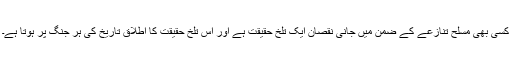
کسی بھی مسلح تنازعے کے ضمن ميں جانی نقصان ايک تلخ حقيقت ہے اور اس تلخ حقيقت کا اطلاق تاريخ کی ہر جنگ پر ہوتا ہے۔